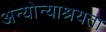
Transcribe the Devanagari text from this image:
अन्योन्याश्रयता